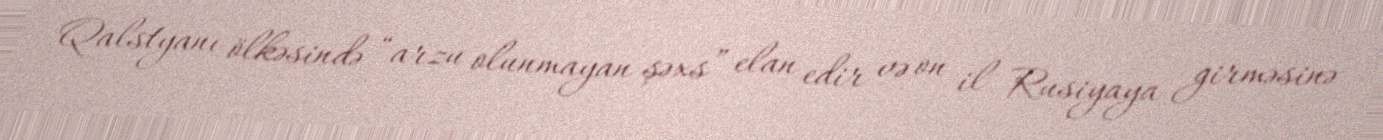
Qalstyanı ölkəsində “arzu olunmayan şəxs” elan edir və on il Rusiyaya girməsinə